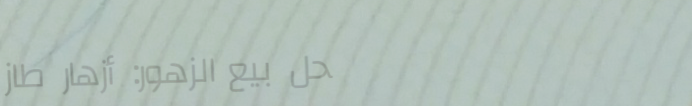
محل بيع الزهور: أزهار طاز